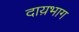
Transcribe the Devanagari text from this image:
दाय़भाग